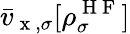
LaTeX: \bar{v}_{\mathrm{~x~},\sigma}[\rho_{\sigma}^{\mathrm{~H~F~}}]